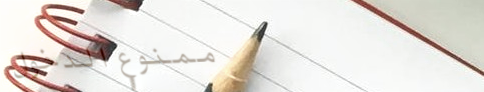
ممنوع الدخول